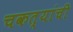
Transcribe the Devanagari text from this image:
चकत्यांची